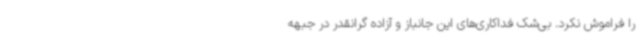
را فراموش نکرد. بی‌شک فداکاری‌های این جانباز و آزاده گرانقدر در جبهه